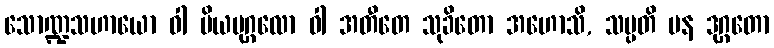
သောဏ္ဍသဟာယော ဝါ ပိယပုဂ္ဂလော ဝါ အတီတေ သုခိတော အဟောသိ, သမ္ပတိ ပန ဒုဂ္ဂတော